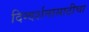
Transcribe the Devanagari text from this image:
दिग्दर्शनासाठीचा